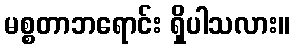
မစ္စတာဘရောင်း ရှိပါသလား။